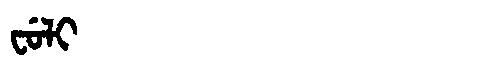
Manchu: ᠸᡠᠯᡳ
Romanization: FULI